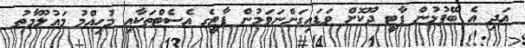
އަދި އެ ބޭފުޅުން ޕާޓީ ދޫކޮށް ވަޑައިގަންނަވަމުން ޕާޓީގެ އެސެޓްތަކާއި މުހިއްމު މައުލޫމާތު